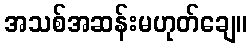
အသစ်အဆန်းမဟုတ်ချေ။